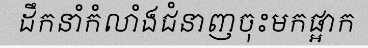
ដឹកនាំកំលាំងជំនាញចុះមកផ្អាក